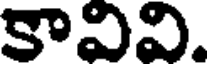
కావివి.